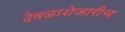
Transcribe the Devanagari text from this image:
देवळाशेजारीच